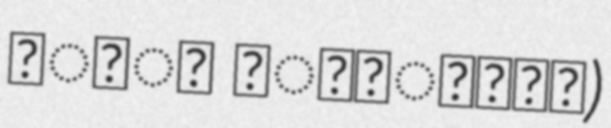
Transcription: कृष्ण कोल्हटकर)